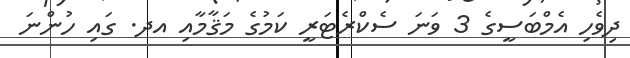
ދިވެހި އެމްބަސީގެ 3 ވަނަ ސެކްރެޓަރީ ކަމުގެ މަޤާމާއި އދ. ގައި ހުންނަ